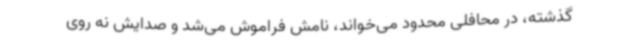
گذشته، در محافلی محدود می‌خواند، نامش فراموش می‌شد و صدایش نه روی